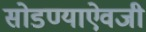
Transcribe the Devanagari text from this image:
सोडण्याऐवजी